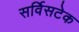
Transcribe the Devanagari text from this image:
सर्विसटेक